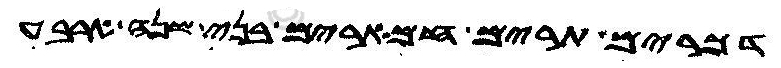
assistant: דכרים תרים חמארים בני שנה ארבע